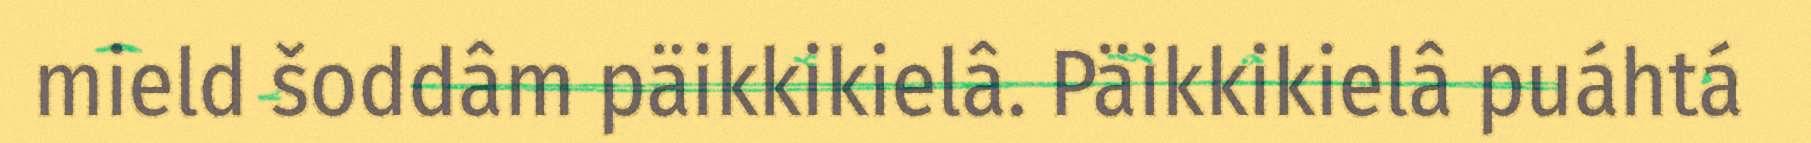
mield šoddâm päikkikielâ. Päikkikielâ puáhtá